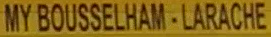
MYBOUSSELHAM-LARACHE